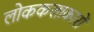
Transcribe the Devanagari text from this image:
लोककलाकारों